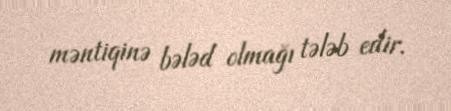
məntiqinə bələd olmağı tələb edir.